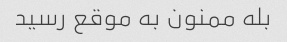
بله ممنون به موقع رسید